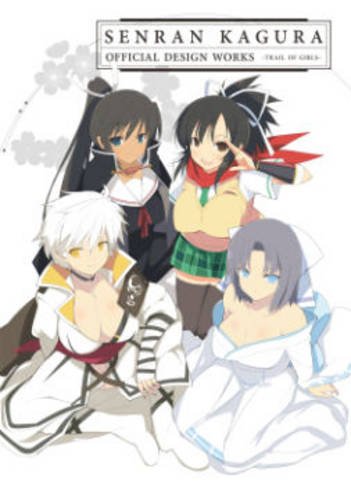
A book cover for Senran Kagura: Official Design Works; Arts & Photography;